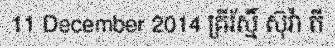
11 December 2014 ឝ្រីរ័ស្មិ៍ ស៊ុវ៉ា តី